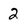
Character: 2